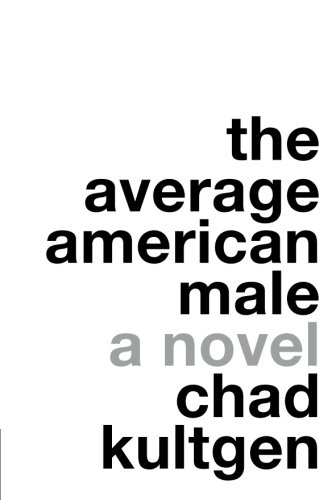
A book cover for The Average American Male: A Novel; Chad Kultgen; Romance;